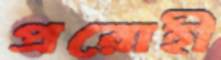
প্ররোহী